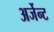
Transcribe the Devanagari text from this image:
अर्जेन्ट